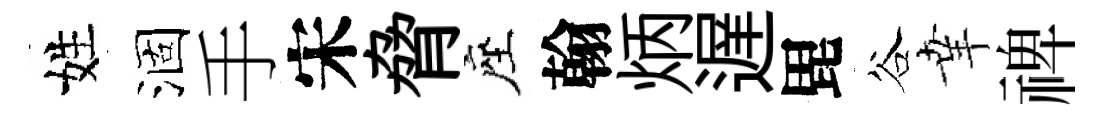
姓涸手宋脅座翰炳遅毘谷𦍒禆